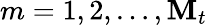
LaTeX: m=1,2,\ldots,\mathbf{M}_{t}